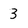
Character: 3